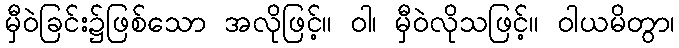
မှီဝဲခြင်း၌ဖြစ်သော အလိုဖြင့်။ ဝါ၊ မှီဝဲလိုသဖြင့်။ ဝါယမိတွာ၊